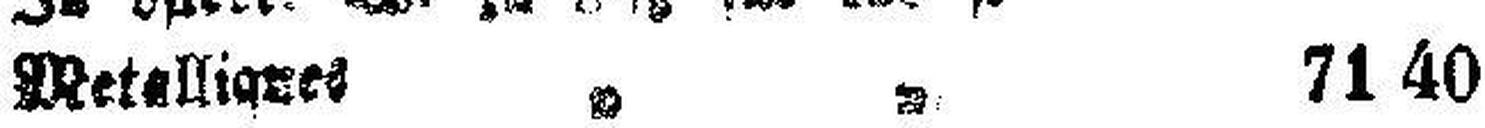
Metallignes „ „ 71 40